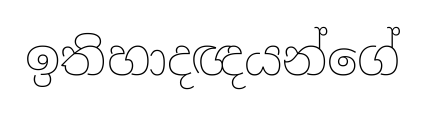
ඉතිහාදඥයන්ගේ